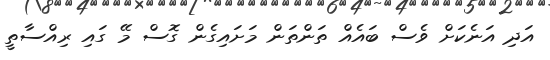
އަދި އަނެކަށް ވެސް ބައެއް ތަންތަން މަށައިގެން ގޮސް މޭ ގައި ރިއްސާތީ